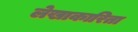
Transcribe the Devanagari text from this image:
लेखाकारिता